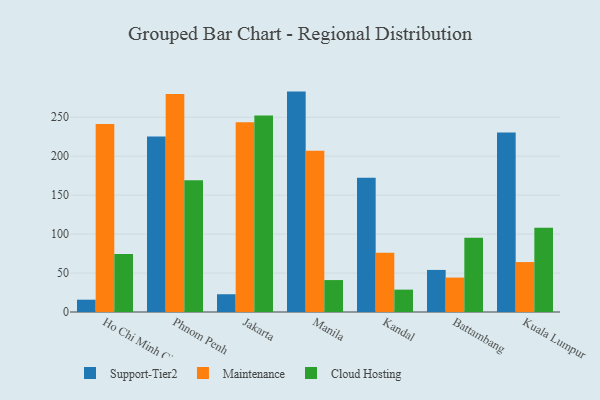
{"axis": {"x": "City", "y": "Tickets Resolved"}, "legend": ["Cloud Hosting", "Maintenance", "Support-Tier2"], "data": [{"x": "Ho Chi Minh City", "y": 15.8, "type": "Support-Tier2"}, {"x": "Ho Chi Minh City", "y": 241.4, "type": "Maintenance"}, {"x": "Ho Chi Minh City", "y": 74.6, "type": "Cloud Hosting"}, {"x": "Phnom Penh", "y": 225.4, "type": "Support-Tier2"}, {"x": "Phnom Penh", "y": 279.9, "type": "Maintenance"}, {"x": "Phnom Penh", "y": 169.0, "type": "Cloud Hosting"}, {"x": "Jakarta", "y": 22.8, "type": "Support-Tier2"}, {"x": "Jakarta", "y": 243.7, "type": "Maintenance"}, {"x": "Jakarta", "y": 252.3, "type": "Cloud Hosting"}, {"x": "Manila", "y": 282.9, "type": "Support-Tier2"}, {"x": "Manila", "y": 207.0, "type": "Maintenance"}, {"x": "Manila", "y": 41.0, "type": "Cloud Hosting"}, {"x": "Kandal", "y": 172.2, "type": "Support-Tier2"}, {"x": "Kandal", "y": 75.9, "type": "Maintenance"}, {"x": "Kandal", "y": 28.7, "type": "Cloud Hosting"}, {"x": "Battambang", "y": 54.0, "type": "Support-Tier2"}, {"x": "Battambang", "y": 44.2, "type": "Maintenance"}, {"x": "Battambang", "y": 95.3, "type": "Cloud Hosting"}, {"x": "Kuala Lumpur", "y": 230.5, "type": "Support-Tier2"}, {"x": "Kuala Lumpur", "y": 64.1, "type": "Maintenance"}, {"x": "Kuala Lumpur", "y": 108.3, "type": "Cloud Hosting"}]}